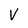
Character: V